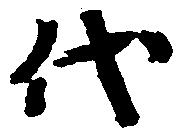
代